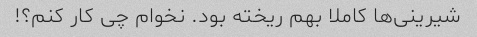
شیرینی‌ها کاملا بهم ریخته بود. نخوام چی کار کنم؟!